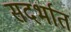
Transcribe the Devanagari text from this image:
सदर्भात